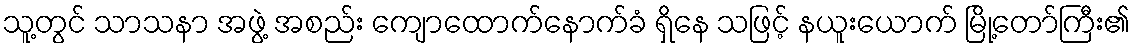
သူ့တွင် သာသနာ အဖွဲ့ အစည်း ကျောထောက်နောက်ခံ ရှိနေ သဖြင့် နယူးယောက် မြို့တော်ကြီး၏